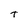
Character: T